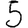
Digit: 5